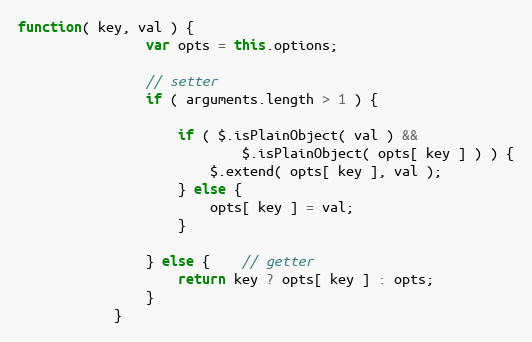
Language: JavaScript
function( key, val ) {
                var opts = this.options;

                // setter
                if ( arguments.length > 1 ) {

                    if ( $.isPlainObject( val ) &&
                            $.isPlainObject( opts[ key ] ) ) {
                        $.extend( opts[ key ], val );
                    } else {
                        opts[ key ] = val;
                    }

                } else {    // getter
                    return key ? opts[ key ] : opts;
                }
            }